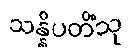
သန္နိပတိံသု